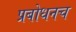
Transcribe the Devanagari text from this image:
प्रबोधनच